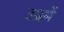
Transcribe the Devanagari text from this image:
उम्रमें